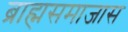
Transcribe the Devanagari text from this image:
ब्राह्मसमाजास